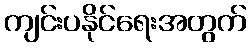
ကျင်းပနိုင်ရေးအတွက်